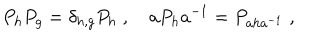
P _ { h } P _ { g } = \delta _ { h , g } P _ { h } \; , \quad a P _ { h } a ^ { - 1 } = P _ { a h a ^ { - 1 } } \; ,